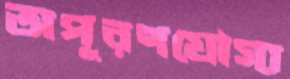
অপূরণযোগ্য